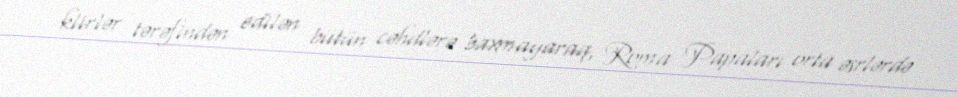
klirlər tərəfindən edilən bütün cəhdlərə baxmayaraq, Roma Papaları orta əsrlərdə